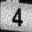
Digit: 4